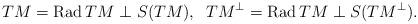
LaTeX: \begin{align*} T M = \mathrm{Rad}\,T M \perp S(T M),\;\;T M^{\perp} = \mathrm{Rad}\,T M \perp S(TM^{\perp}). \end{align*}